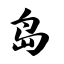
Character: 岛